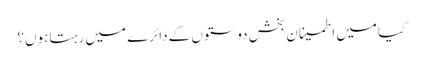
کیا میں اطمینان بخش دوستوں کے دائرے میں رہتا ہوں؟